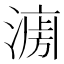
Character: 𱨟